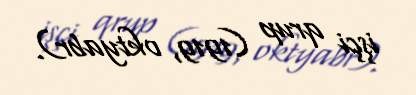
işçi qrup (1919, oktyabr).